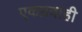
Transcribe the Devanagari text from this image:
एकप्रवाही